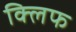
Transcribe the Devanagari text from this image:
क्‍लिफ